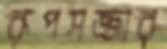
রূপসজ্জার